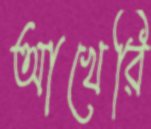
আখেরি